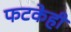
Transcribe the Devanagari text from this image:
फटकेही